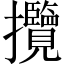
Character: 攬